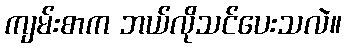
ကျမ်းစာက ဘယ်လိုသင်ပေးသလဲ။